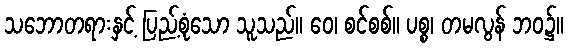
သဘောတရားနှင့် ပြည့်စုံသော သူသည်။ ဝေ၊ စင်စစ်။ ပစ္စ၊ တမလွန် ဘဝ၌။